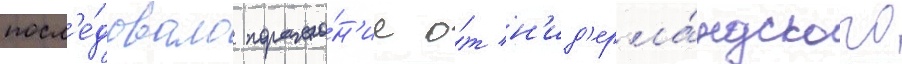
посл'е́довало пораже́н'ие о́т н'ид'ерла́ндского